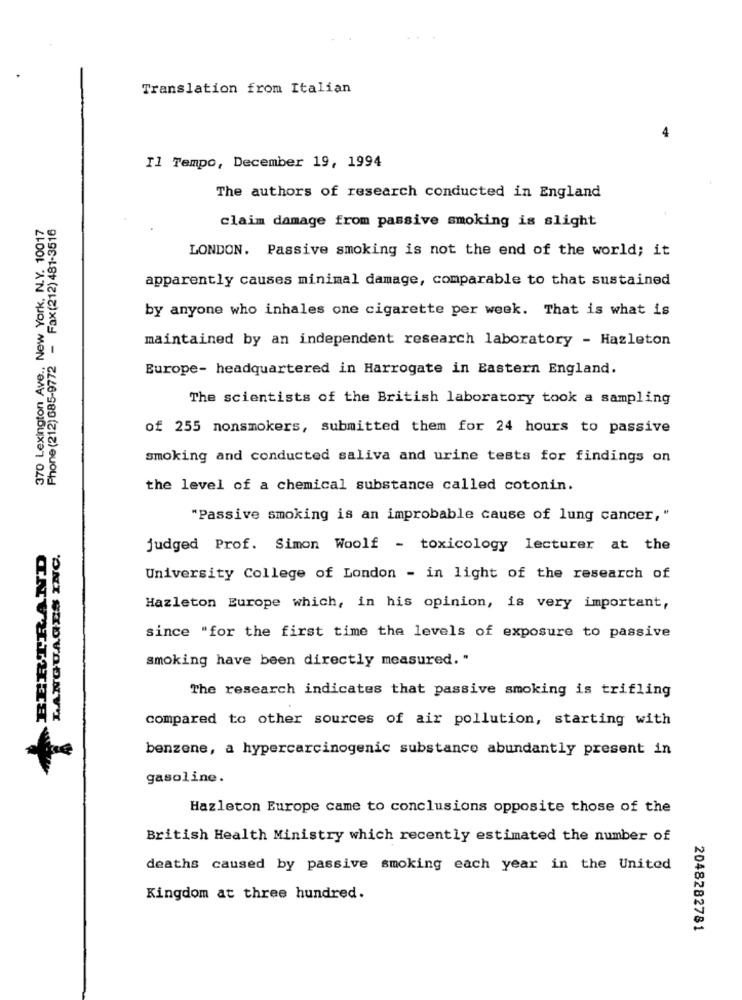
Translation from Italian
Il Tempo, December 19, 1994
The authors of research conducted in England
370 Lexington Ave ., New York, N.Y. 10017
Phone (212) 685-9772 - Fax (212) 481-3516
claim damage from passive smoking is slight
LONDON. Passive smoking is not the end of the world; it
apparently causes minimal damage, comparable to that sustained
by anyone who inhales one cigarette per week. That is what is
maintained by an independent research laboratory - Hazleton
Europe- headquartered in Harrogate in Eastern England.
The scientists of the British laboratory took a sampling
of 255 nonsmokers, submitted them for 24 hours to passive
smoking and conducted saliva and urine tests for findings on
the level of a chemical substance called cotonin.
"Passive smoking is an improbable cause of lung cancer, "
BERTRAND
LANGUAGES INC.
judged Prof. Simon Woolf - toxicology lecturer at the
University College of London - in light of the research of
Hazleton Europe which, in his opinion, is very important,
since "for the first time the levels of exposure to passive
smoking have been directly measured. "
The research indicates that passive smoking is trifling
compared to other sources of air pollution, starting with
benzene, a hypercarcinogenic substance abundantly present in
gasoline.
Hazleton Europe came to conclusions opposite those of the
British Health Ministry which recently estimated the number of
deaths caused by passive smoking each year in the United
Kingdom at three hundred.
2048282781